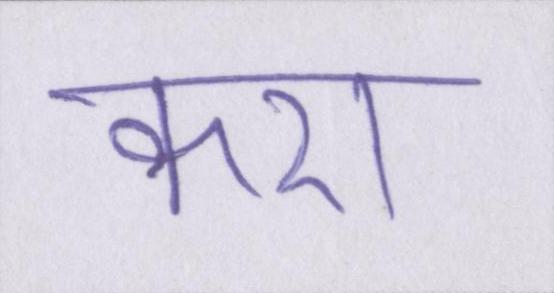
करा